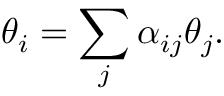
\theta _ { i } = \sum _ { j } \alpha _ { i j } \theta _ { j } .